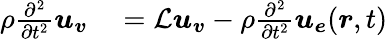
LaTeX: \begin{array}{rl}{\rho\frac{\partial^{2}}{\partial t^{2}}\boldsymbol{u}_{\boldsymbol{v}}}&{{}=\mathcal{L}\boldsymbol{u}_{\boldsymbol{v}}-\rho\frac{\partial^{2}}{\partial t^{2}}\boldsymbol{u}_{\boldsymbol{e}}(\boldsymbol{r},t)}\end{array}